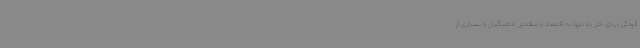
آلودگی دریای خزر نه تنها به اقتصاد و سلامتی ماهیگیران و بسیاری از